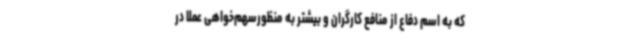
که به اسم دفاع از منافع کارگران و بیشتر به منظورسهم‌خواهی عملاً در